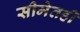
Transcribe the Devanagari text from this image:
सीमेतही